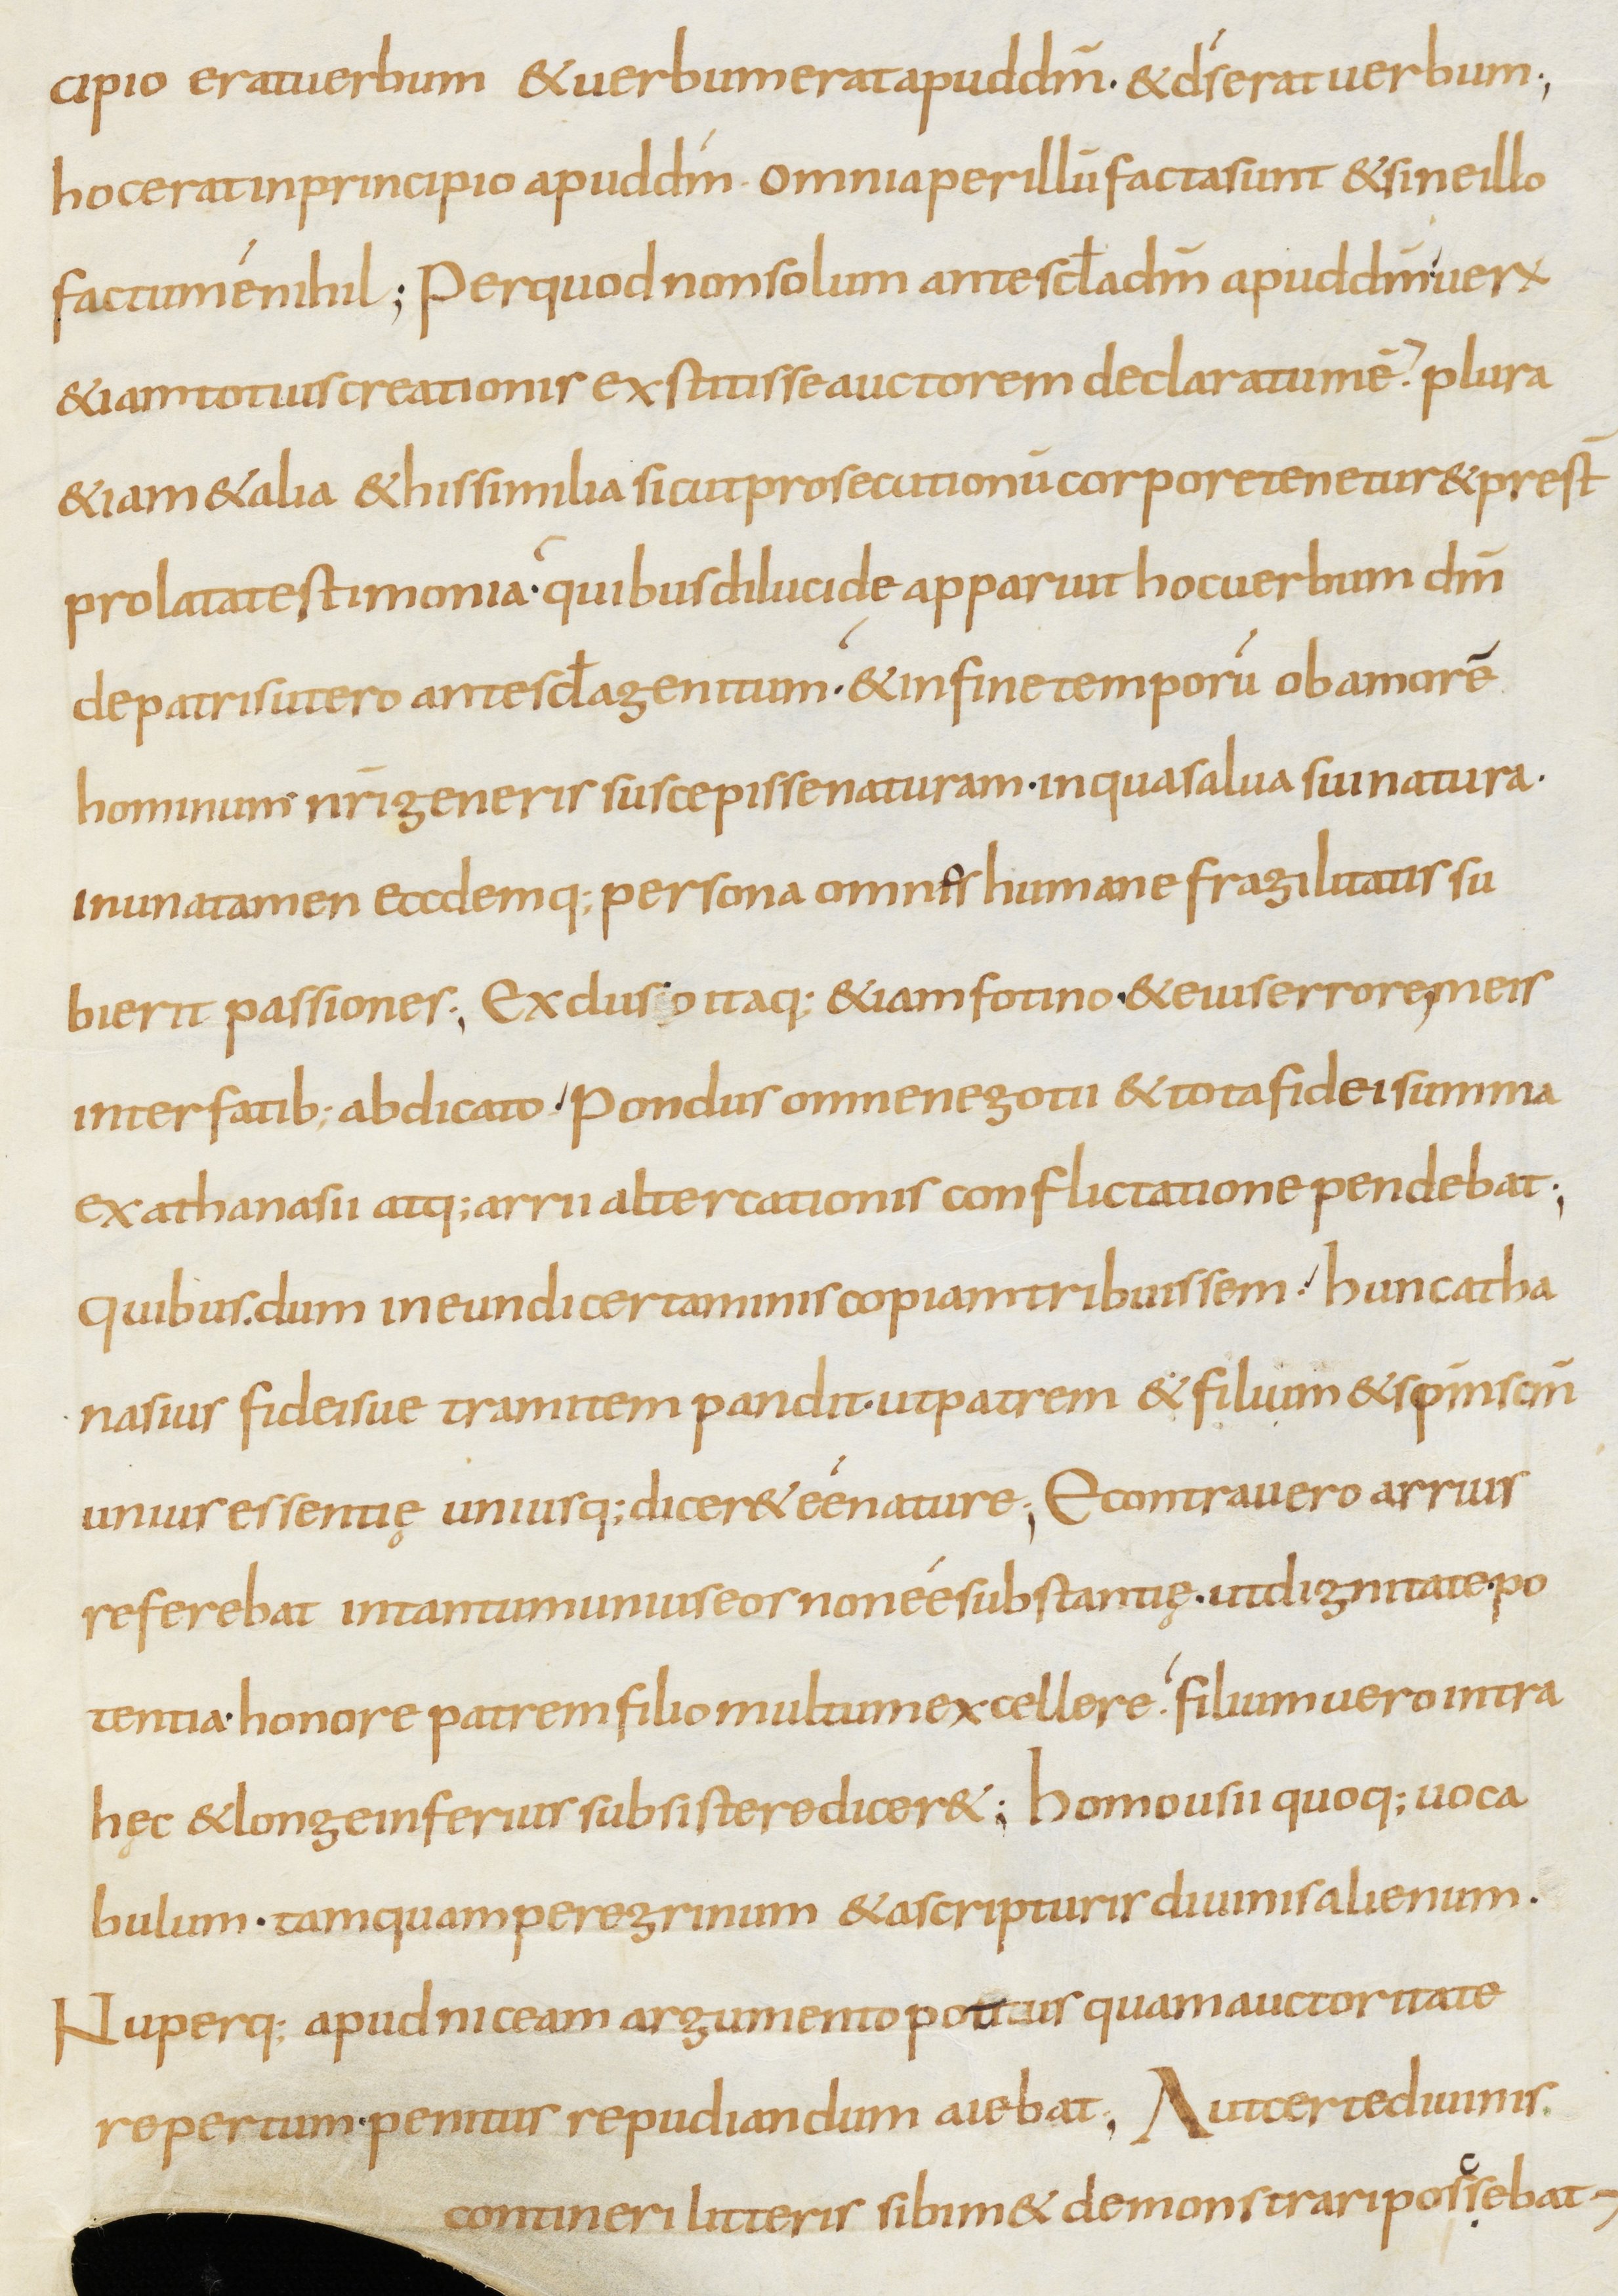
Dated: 800–899